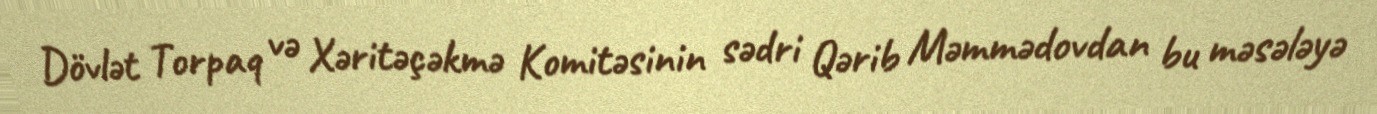
Dövlət Torpaq və Xəritəçəkmə Komitəsinin sədri Qərib Məmmədovdan bu məsələyə